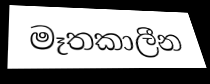
මෑතකාලීන